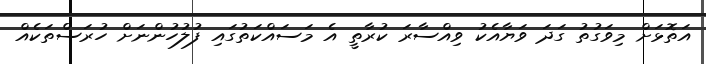
އަތޮޅަށް މިވަގުތު ގަދަ ވަޔާއެކު ވިއްސާރަ ކުރާތީ އެ މަސައްކަތުގައި ފުލުހުންނަށް ހުރަސްތަކެއް